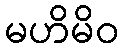
မဟိမိဝ